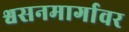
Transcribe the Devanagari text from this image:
श्वसनमार्गावर